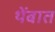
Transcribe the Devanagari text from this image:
थेंबात